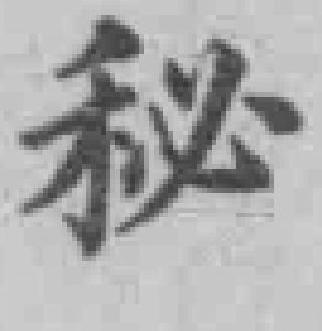
秘